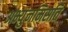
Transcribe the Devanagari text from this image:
अभ्युंनमिसति